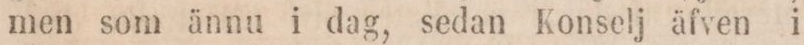
men som ännu i dag, sedan Konselj äfven i